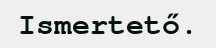
Ismertető.